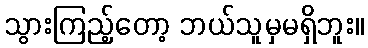
သွားကြည့်တော့ ဘယ်သူမှမရှိဘူး။